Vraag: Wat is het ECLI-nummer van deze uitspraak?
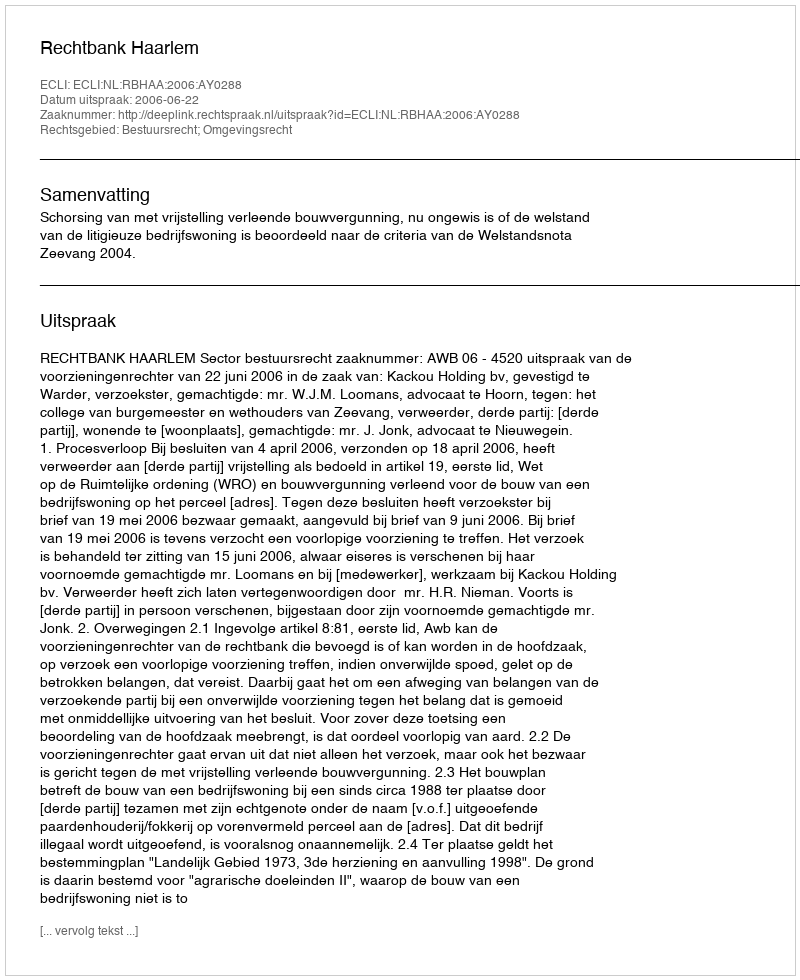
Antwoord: ECLI:NL:RBHAA:2006:AY0288